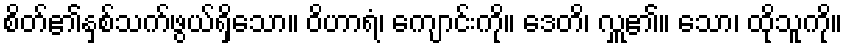
စိတ်၏နှစ်သက်ဖွယ်ရှိသော။ ဝိဟာရံ၊ ကျောင်းကို။ ဒေတိ၊ လှူ၏။ သော၊ ထိုသူကို။